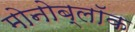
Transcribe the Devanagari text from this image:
मोनोब्लॉक